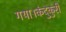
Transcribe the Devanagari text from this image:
गया।कंदुकुरी